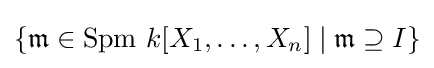
\{{\mathfrak {m}}\in \mathrm {Spm} \ k[X_{1},\dots ,X_{n}]\mid {\mathfrak {m}}\supseteq I\}